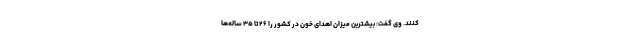
‌کنند. وی گفت: بیشترین میزان اهدای خون در کشور را ۲۶ تا ۳۵ ساله‌ها